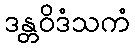
ဒန္တဝိဒံသကံ